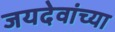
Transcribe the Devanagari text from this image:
जयदेवांच्या